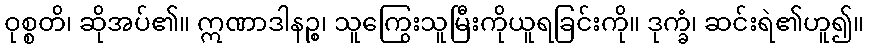
ဝုစ္စတိ၊ ဆိုအပ်၏။ ဣဏာဒါနဉ္စ၊ သူကြွေးသူမြီးကိုယူရခြင်းကို။ ဒုက္ခံ၊ ဆင်းရဲ၏ဟူ၍။